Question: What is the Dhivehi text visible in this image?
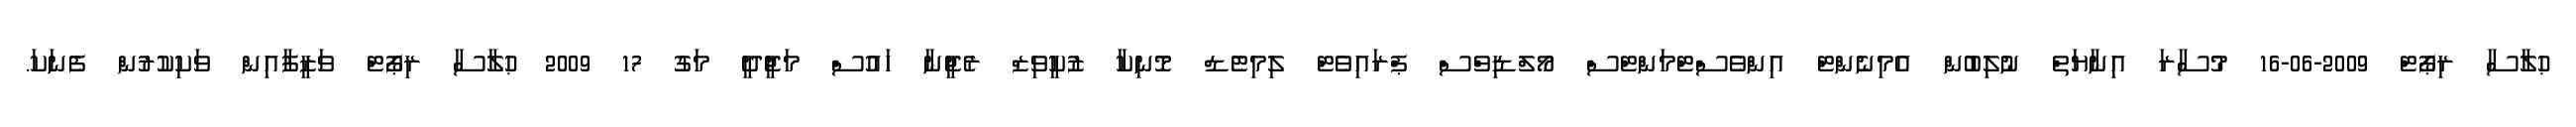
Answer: ޙުލާސާ ރިޕޯޓް 2009-06-16 މުސާރަ އިނާޔަތް ނުލިބުން އެމިނެންޓް އިންވެސްޓްމަންޓްސް މޯލްޑިވްސް ޕްރައިވެޓް ލިމިޓެޑް މޮނިކާ ޒުކީވިޒް ރެޖީނާ ހައުސް މަޖީދީ މަގު 17 2009 ޙުލާސާ ރިޕޯޓް ވަޒީފާއިން ވަކިކުރުން ފެނަކަ.